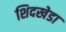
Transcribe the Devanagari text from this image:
शिदखेडा